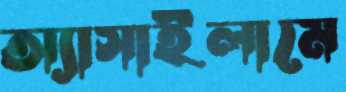
অ্যাসাইলামে